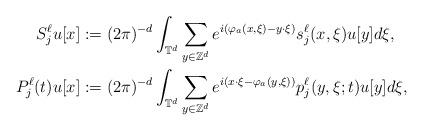
LaTeX: \begin{align*}S_j^\ell u[x]&:=(2\pi)^{-d} \int_{\mathbb{T}^d} \sum_{y\in\mathbb{Z}^d} e^{i(\varphi_a(x,\xi)-y\cdot\xi)} s_j^\ell(x,\xi) u[y] d\xi , \\P_j^\ell(t) u[x]&:=(2\pi)^{-d} \int_{\mathbb{T}^d} \sum_{y\in\mathbb{Z}^d} e^{i(x\cdot\xi-\varphi_a(y,\xi))} p_j^\ell(y,\xi;t) u[y] d\xi ,\end{align*}